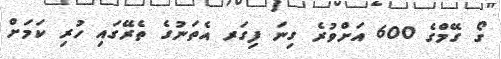
ގޯ ގޭމްގެ 600 އަށްވުރެ ގިނަ ފިގަރ އެތަނުގެ ތެރޭގައި ހުރި ކަމަށް